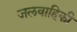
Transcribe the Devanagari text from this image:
जलवाहिकी